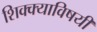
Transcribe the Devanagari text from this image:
शिक्क्याविषयी